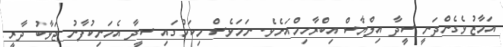
އަމާޒުވެގެންދަނީ ސީދާ އިލްޔާސް އިބްރާހިމްއަށެވެ. ނަމަވެސް މިކަމުގައި ސީދާ އެމަނިކުފާނު ޖަވާބު ދާރީ